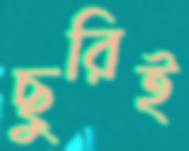
ছুরিই